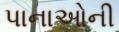
પાનાઓની